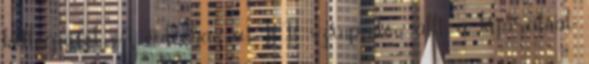
kollégáitól. A videoban a BB szinpadon állt a kijáratnál.